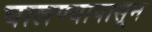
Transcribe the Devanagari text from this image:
घालण्यापासून